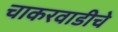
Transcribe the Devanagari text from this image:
चाकरवाडीचे